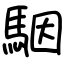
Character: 駰